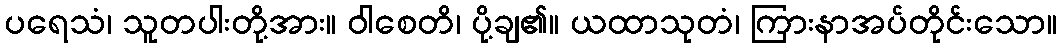
ပရေသံ၊ သူတပါးတို့အား။ ဝါစေတိ၊ ပို့ချ၏။ ယထာသုတံ၊ ကြားနာအပ်တိုင်းသော။